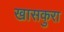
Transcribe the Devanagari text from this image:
खासकुरा